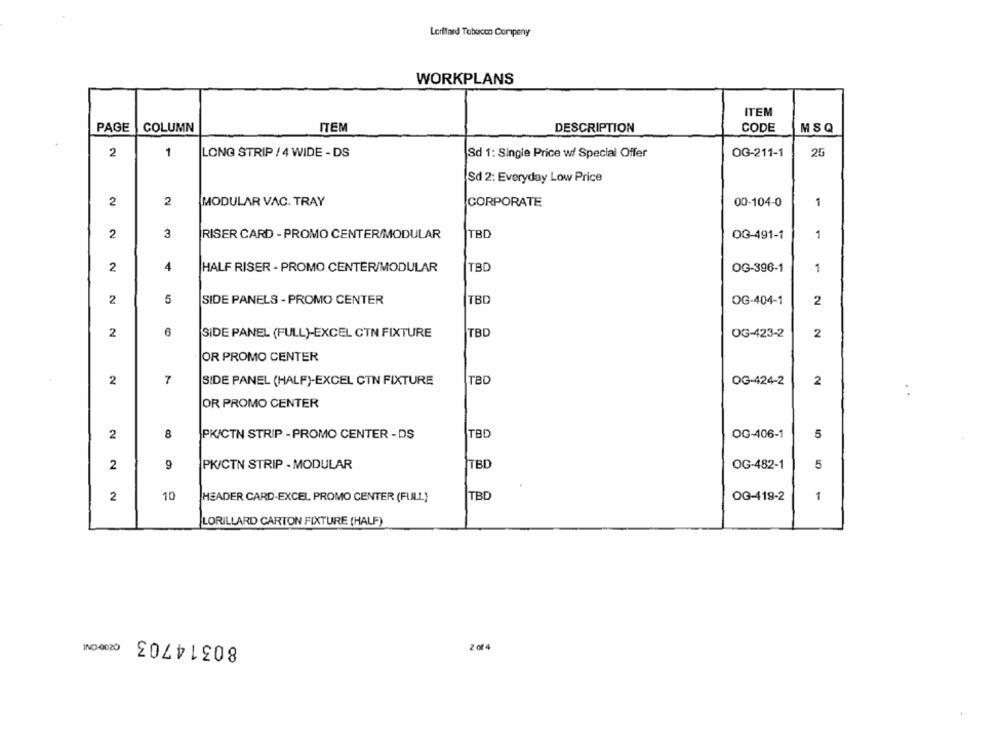
Lorifard Tobacco Coripeny
WORKPLANS
ITEM
PAGE
MSQ
COLUMN
ITEM
DESCRIPTION
CODE
2
1
LONG STRIP / 4 WIDE - DS
Sd 1: Single Price w/ Special Offer
OG-211-1
25
Sd 2: Everyday Low Price
2
2
MODULAR VAC. TRAY
CORPORATE
00-104-0
1
2
3
RISER CARD - PROMO CENTER/MODULAR
TBD
03-491-1
1
4
TBD
OG-396-1
2
HALF RISER - PROMO CENTER/MODULAR
1
2
5
SIDE PANELS - PROMO CENTER
TBD
OG-404-1
2
2
6
SIDE PANEL (FULL)-EXCEL CTN FIXTURE
TBD
OG-423-2
2
OR PROMO CENTER
2
7
SIDE PANEL (HALF)-EXCEL CTN FIXTURE
TBD
OG-424-2
2
OR PROMO CENTER
2
8
PKICTN STRIP - PROMO CENTER - DS
TBD
OG-406-1
5
2
9
PK/CTN STRIP - MODULAR
TBD
OG-482-1
5
2
10
TBC
OG-419-2
1
HEADER CARD-EXCEL PROMO CENTER (FULL)
LORILLARD CARTON FIXTURE (HALF)
80314703
IND-0020
2 of